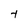
Character: t